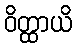
ဝိတ္ထာယိ